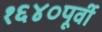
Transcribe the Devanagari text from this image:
१६४०पूर्वी